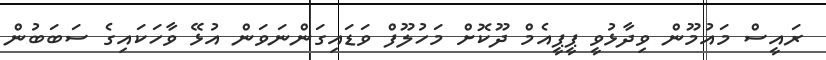
ރައީސް މައުމޫން ވިދާޅުވީ ޕީޕީއެމް ދޫކޮށް މަހުލޫފް ވަޑައިގަންނަވަން އުޅޭ ވާހަކައިގެ ސަބަބުން